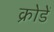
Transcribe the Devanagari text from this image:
क्रोडें